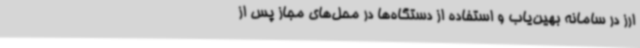
ارز در سامانه بهین‌یاب و استفاده از دستگاه‌ها در محل‌های مجاز پس از